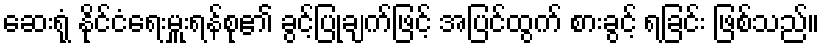
ဆေးရုံ နိုင်ငံရေးမှူးရန်စု၏ ခွင့်ပြုချက်ဖြင့် အပြင်ထွက် စားခွင့် ရခြင်း ဖြစ်သည်။